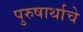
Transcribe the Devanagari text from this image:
पुरुषार्थाचे